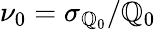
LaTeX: \nu_{0}=\sigma_{\mathbb{Q}_{0}}/\mathbb{Q}_{0}